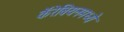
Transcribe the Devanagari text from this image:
कॅरेबियनमध्ये